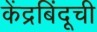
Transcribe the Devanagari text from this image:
केंद्रबिंदूची